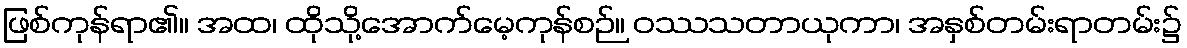
ဖြစ်ကုန်ရာ၏။ အထ၊ ထိုသို့အောက်မေ့ကုန်စဉ်။ ဝဿသတာယုကာ၊ အနှစ်တမ်းရာတမ်း၌